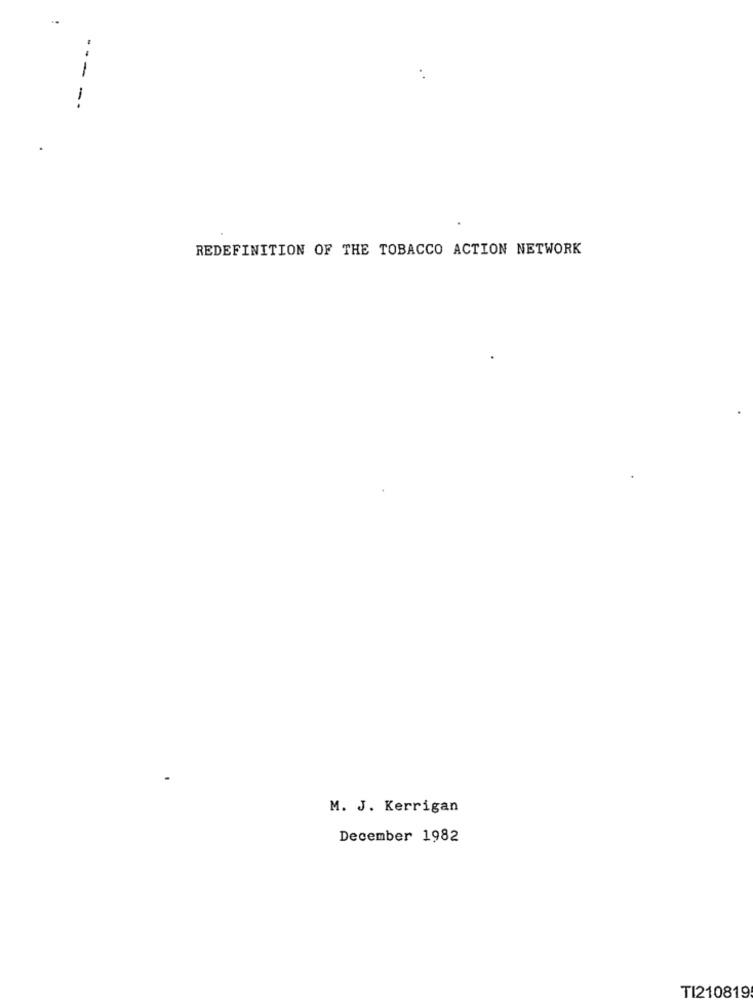
-
REDEFINITION OF THE TOBACCO ACTION NETWORK
M. J. Kerrigan
December 1982
TI210819